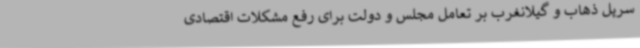
سرپل ذهاب و گیلانغرب بر تعامل مجلس و دولت برای رفع مشکلات اقتصادی